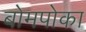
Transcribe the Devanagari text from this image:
बोमपोका